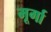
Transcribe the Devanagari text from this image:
मूर्गा